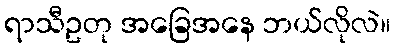
ရာသီဥတု အခြေအနေ ဘယ်လိုလဲ။